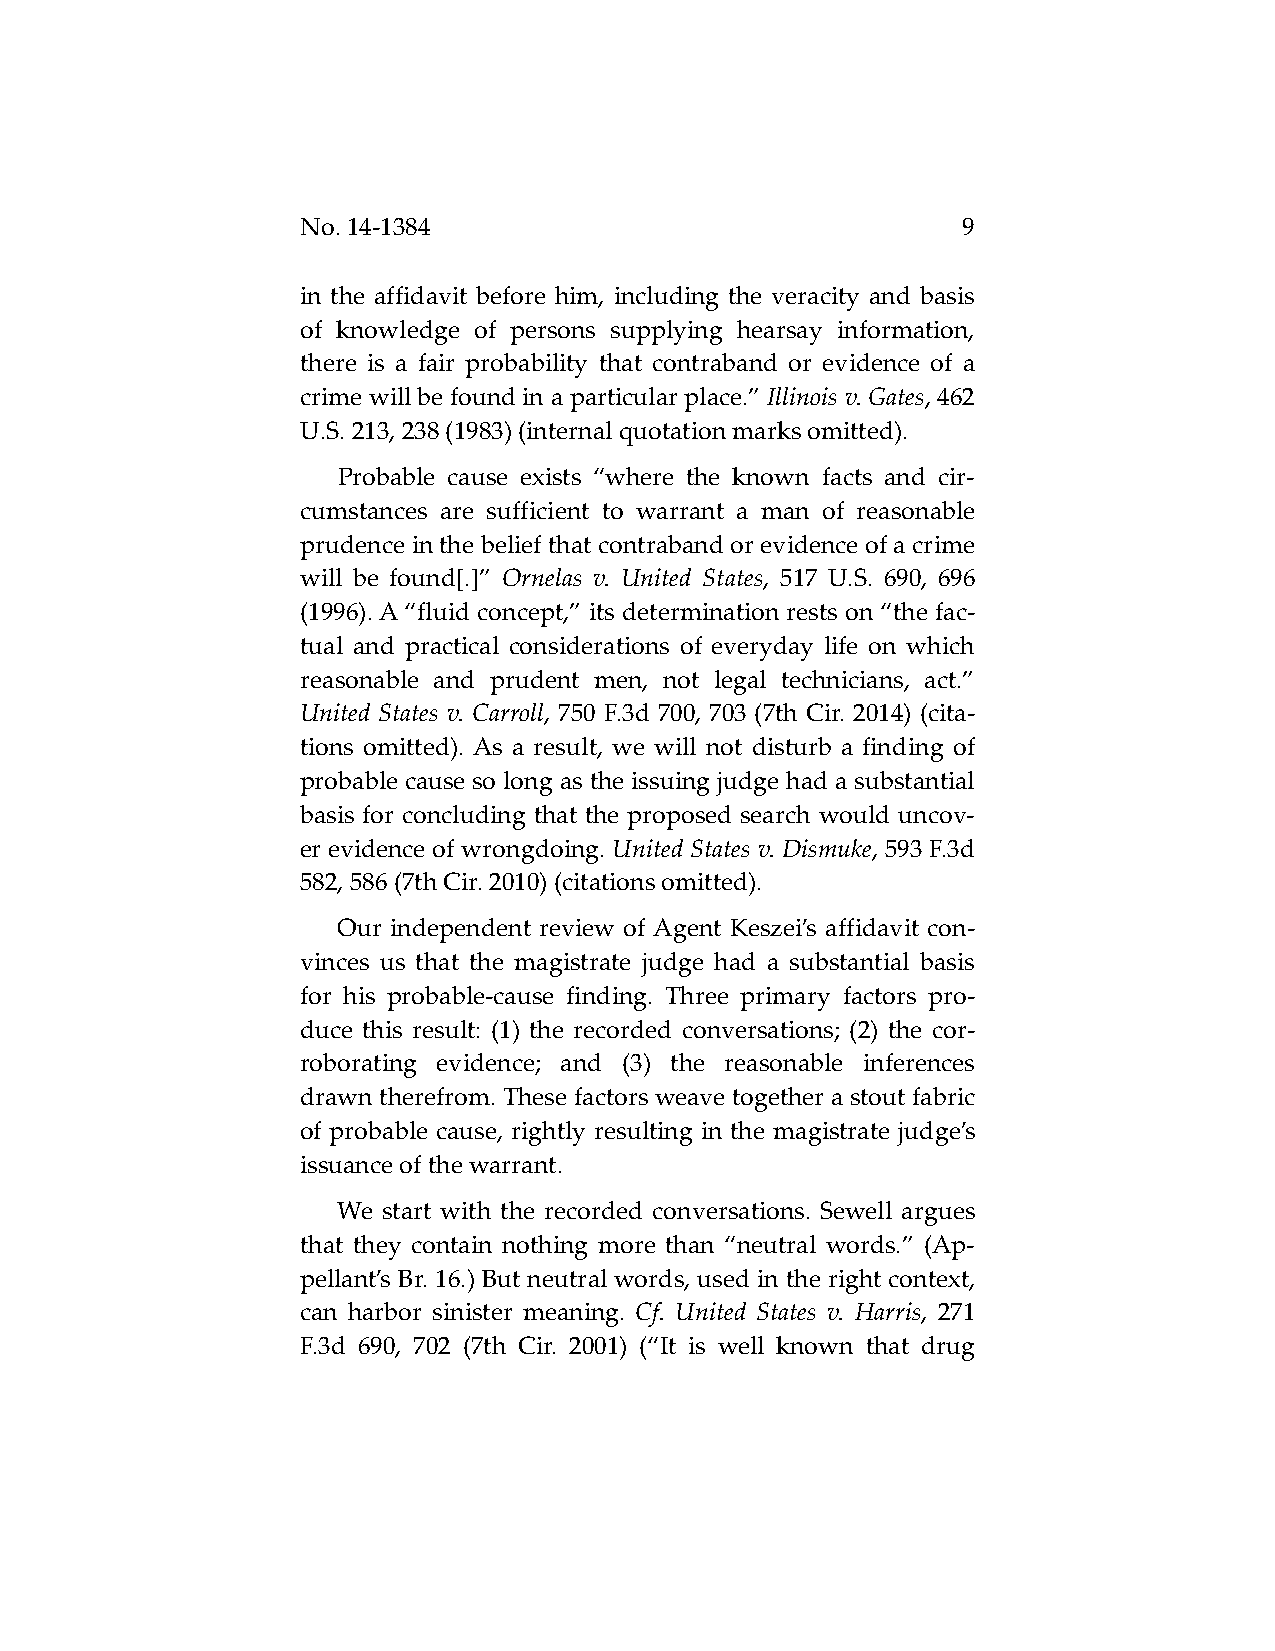
No. 14-1384                                 9
 in the affidavit before him, including the veracity and basis
 of knowledge of persons supplying hearsay information,
 there is a fair probability that contraband or evidence of a
 crime will be found in a particular place.” Illinois v. Gates, 462
 U.S. 213, 238 (1983) (internal quotation marks omitted).
 Probable cause exists “where the known facts and cir-
 cumstances are sufficient to warrant a man of reasonable
 prudence in the belief that contraband or evidence of a crime
 will be found[.]” Ornelas v. United States, 517 U.S. 690, 696
 (1996). A “fluid concept,” its determination rests on “the fac-
 tual and practical considerations of everyday life on which
 reasonable and prudent men, not legal technicians, act.”
 United States v. Carroll, 750 F.3d 700, 703 (7th Cir. 2014) (cita-
 tions omitted). As a result, we will not disturb a finding of
 probable cause so long as the issuing judge had a substantial
 basis for concluding that the proposed search would uncov-
 er evidence of wrongdoing. United States v. Dismuke, 593 F.3d
 582, 586 (7th Cir. 2010) (citations omitted).
 Our independent review of Agent Keszei’s affidavit con-
 vinces us that the magistrate judge had a substantial basis
 for his probable-cause finding. Three primary factors pro-
 duce this result: (1) the recorded conversations; (2) the cor-
 roborating evidence; and (3) the reasonable inferences
 drawn therefrom. These factors weave together a stout fabric
 of probable cause, rightly resulting in the magistrate judge’s
 issuance of the warrant.
 We start with the recorded conversations. Sewell argues
 that they contain nothing more than “neutral words.” (Ap-
 pellant’s Br. 16.) But neutral words, used in the right context,
 can harbor sinister meaning. Cf. United States v. Harris, 271
 F.3d 690, 702 (7th Cir. 2001) (“It is well known that drug